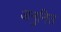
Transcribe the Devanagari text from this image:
अनुनित